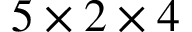
5 \times 2 \times 4